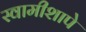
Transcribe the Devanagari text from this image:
स्वामीशापे